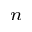
_ { n }